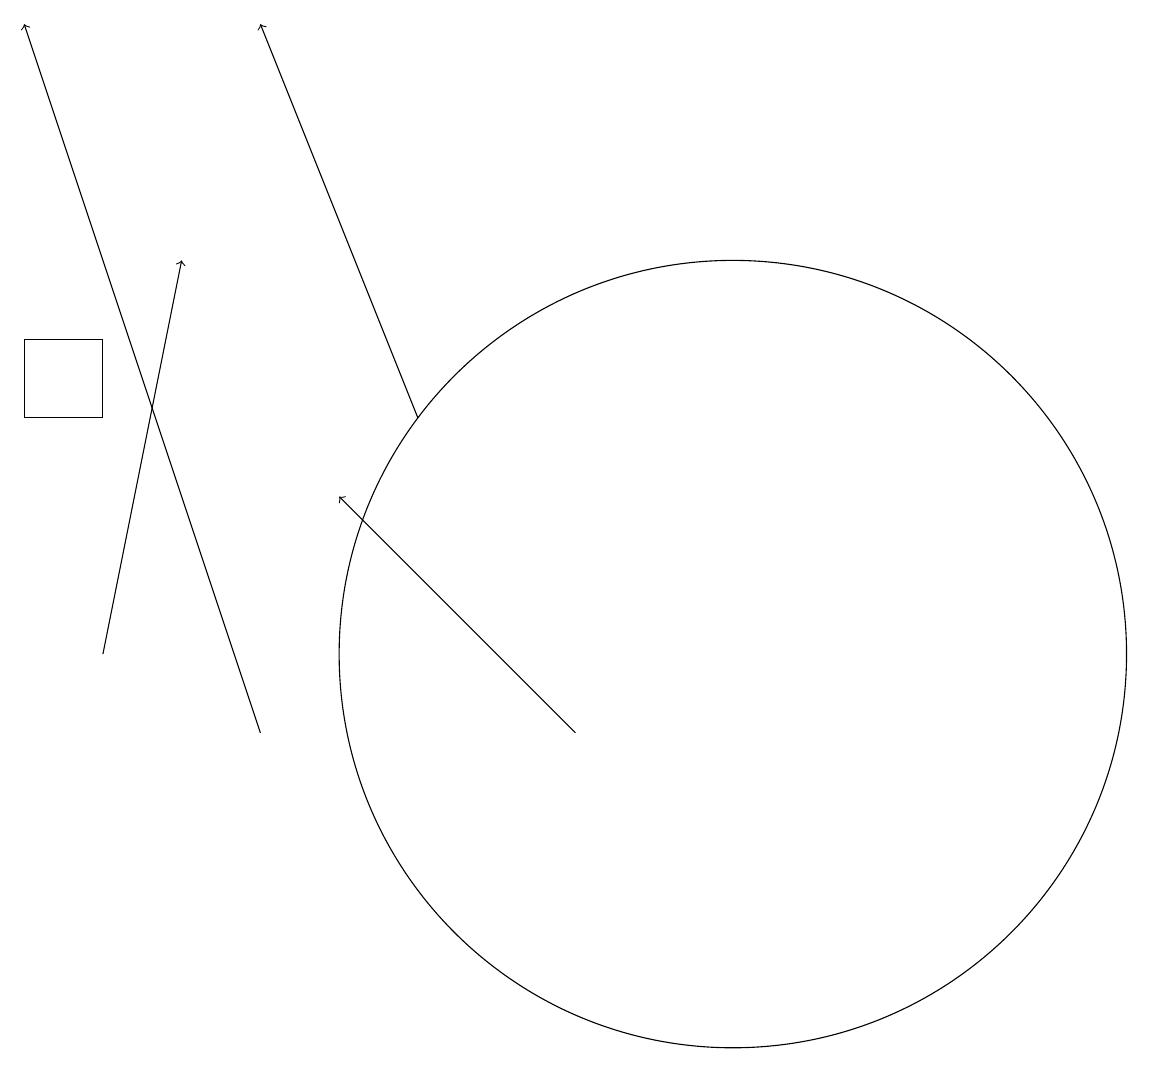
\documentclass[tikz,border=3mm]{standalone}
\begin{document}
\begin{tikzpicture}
\draw (11,11) circle (5);
\draw[->] (5,10) -- (2,19);
\draw[->] (7,14) -- (5,19);
\draw (3,14) rectangle (2,15);
\draw[->] (3,11) -- (4,16);
\draw[->] (9,10) -- (6,13);
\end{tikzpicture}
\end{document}